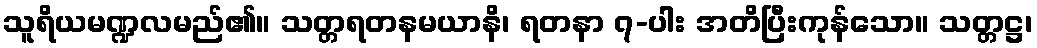
သူရိယမဏ္ဍလမည်၏။ သတ္တရတနမယာနိ၊ ရတနာ ၇-ပါး အတိပြီးကုန်သော။ သတ္တဋ္ဌ၊